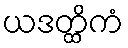
ယဒတ္ထိကံ